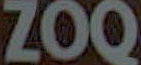
ZOQ